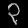
Digit: ၃